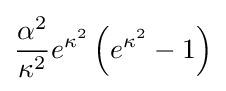
{\frac {\alpha ^{2}}{\kappa ^{2}}}e^{\kappa ^{2}}\left(e^{\kappa ^{2}}-1\right)